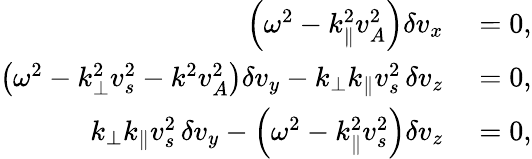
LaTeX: \begin{array}{rl}{\left(\omega^{2}-k_{\parallel}^{2}v_{A}^{2}\right)\delta v_{x}}&{{}=0,}\\ {\left(\omega^{2}-k_{\perp}^{2}v_{s}^{2}-k^{2}v_{A}^{2}\right)\delta v_{y}-k_{\perp}k_{\parallel}v_{s}^{2}\, \delta v_{z}}&{{}=0,}\\ {k_{\perp}k_{\parallel}v_{s}^{2}\, \delta v_{y}-\left(\omega^{2}-k_{\parallel}^{2}v_{s}^{2}\right)\delta v_{z}}&{{}=0,}\end{array}